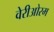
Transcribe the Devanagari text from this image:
वेरीओरम